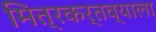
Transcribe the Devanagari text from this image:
मित्रकर्तव्याला